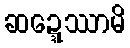
ဆဍ္ဍေဿာမိ